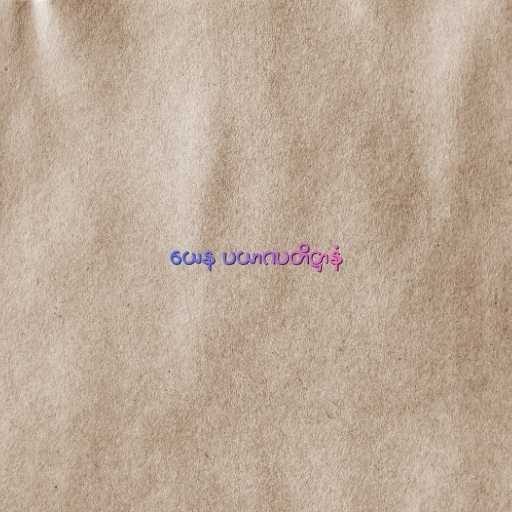
ယေန ပယာဂပတိဋ္ဌာနံ